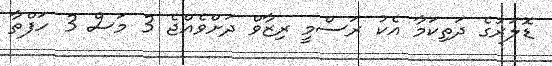
ޑޮލަރުގެ ދަތިކަމާ އެކު ރަސްމީ ރިޒާވް ދަށްވެއްޖެ 3 މަސް 3 ހަފްތާ